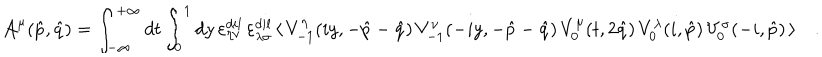
LaTeX: { \cal A } ^ { \mu } ( \hat { p } , \hat { q } ) = \int _ { - \infty } ^ { + \infty } d t \int _ { 0 } ^ { 1 } d y \, \varepsilon _ { \eta \nu } ^ { d i l } \, \varepsilon _ { \lambda \sigma } ^ { d i l } \, \langle \, V _ { - 1 } ^ { \eta } ( i y , - \hat { p } - \hat { q } ) \, V _ { - 1 } ^ { \nu } ( - i y , - \hat { p } - \hat { q } ) \, V _ { 0 } ^ { \mu } ( t , 2 \hat { q } ) \, V _ { 0 } ^ { \lambda } ( i , \hat { p } ) \, V _ { 0 } ^ { \sigma } ( - i , \hat { p } ) \, \rangle \quad .